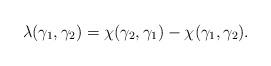
LaTeX: \begin{align*}\lambda(\gamma_1,\gamma_2) = \chi(\gamma_2,\gamma_1) - \chi(\gamma_1,\gamma_2).\end{align*}